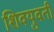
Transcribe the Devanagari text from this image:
शिवयुवती